system: You are a helpful assistant.
user:
Analyze the provided spectrum to determine if it is a **M-type Giant (gM)**.

A M-type Giant spectrum is defined by its **strong molecular absorption** features, particularly from **Titanium Oxide (TiO)**. You must check for one of the following mutually exclusive signatures:

- **Key Visual Indicators (Absorption-Dominated Spectrum):**

    - **(Primary):** The spectrum is dominated by strong molecular absorption from **Titanium Oxide (TiO)**. This is the **defining feature** of its M-type temperature class.
        - **(Key Bandheads):** Look for sharp, "saw-tooth" absorption valleys. The strongest are located near **~7050 Å**, **~6160 Å**, and **~5170 Å**.
        - **(Line Profile):** The "saw-tooth" morphology is critical: a **sharp, steep drop on the BLUE (short-wavelength) side** of the bandhead, followed by a gradual recovery (rising flux) towards the RED (long-wavelength) side.

    - **(Key Confirmation - Giant vs. Dwarf):** **ABSENCE** of strong **Calcium Hydride (CaH)** molecular bands. This is the primary diagnostic for *excluding* M-dwarfs.
        - **(Key Region):** The spectrum should lack the strong, broad absorption band seen in dwarfs between **~6800 Å and ~7000 Å**.

    - **(Secondary Confirmation - Giant):** A very strong and broad **Neutral Calcium (Ca I)** atomic absorption line.
        - **(Key Line):** Located at **~4226 Å**. In a giant (gM), this line is significantly deeper and broader than the same line in an M-dwarf (dM) due to low surface gravity.

    - **(Overall Spectrum):**
        - The continuum is **extremely red-sloping** (i.e., flux is very low in the blue and rises dramatically towards the red).
        - The entire spectrum appears "chopped up" by the deep TiO bands.

Think first, call **spectral_visualization_tool** if needed to examine features in detail, then provide your final answer. Your response must adhere to the following strict rules:
1.  **Overall Structure:** Your response must follow the format `<think>...</think> <tool_call>...</tool_call> (if a tool is used) <answer>...</answer>`.
2.  **Tool Usage Constraint:** You may only make **one** tool call per turn.
3.  **Final Answer Format:** In the `<answer>` tag, your conclusion must be inside a `\boxed{}` command (e.g., `\boxed{YES}` or `\boxed{NO}`), followed by your justification.

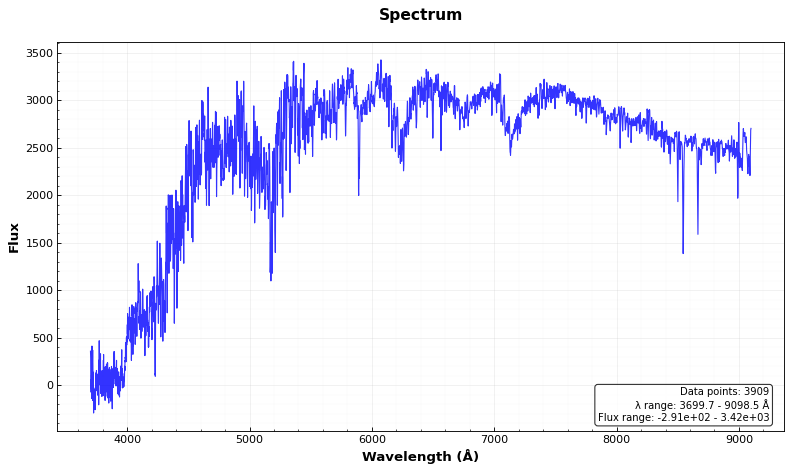
Answer: NO